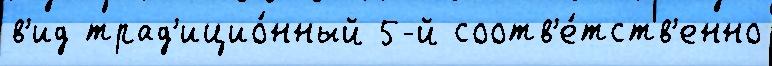
в'ид трад'ицио́нный 5-й соотв'е́тств'енно